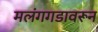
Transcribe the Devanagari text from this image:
मलंगगडावरून